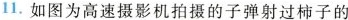
1.如图为高速摄影机拍摄的子弹射过柿子的